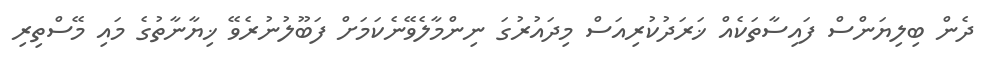
ދެން ބިލިޔަންސް ފައިސާތަކެއް ޚަރަދުކުރިއަސް މިދައުރުގަ ނިންމާލެވޭނެކަމަށް ފަބޫލުނުރެވޭ ޚިޔާނާތުގެ މައި މޭސްތިރި